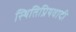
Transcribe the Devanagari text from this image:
स्थितिप्रियवादी